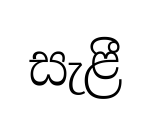
සැළී